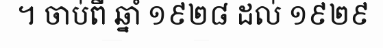
។ ចាប់ពី ឆ្នាំ ១៩២៨ ដល់ ១៩២៩